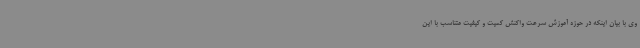
وی با بیان اینکه در حوزه آموزش سرعت واکنش کمیت و کیفیت متناسب با این